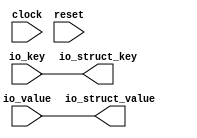
module KeyValue(
  input         clock,
  input         reset,
  input  [4:0]  io_key,
  input  [31:0] io_value,
  output [4:0]  io_struct_key,
  output [31:0] io_struct_value
);
  assign io_struct_key = io_key; // @[KeyValue.scala 18:18 19:12]
  assign io_struct_value = io_value; // @[KeyValue.scala 18:18 20:14]
endmodule